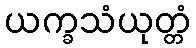
ယက္ခသံယုတ္တံ